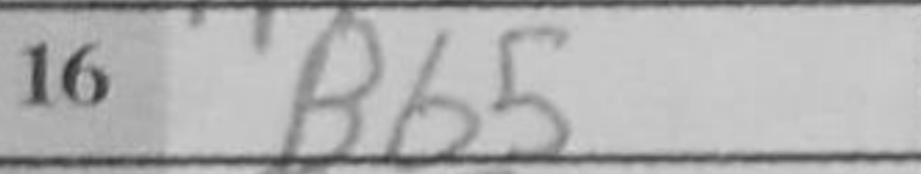
Transcription: Bb5